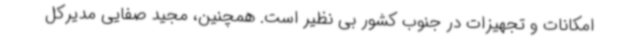
امکانات و تجهیزات در جنوب کشور بی نظیر است. همچنین، مجید صفایی مدیرکل